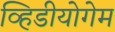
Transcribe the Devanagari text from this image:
व्हिडीयोगेम